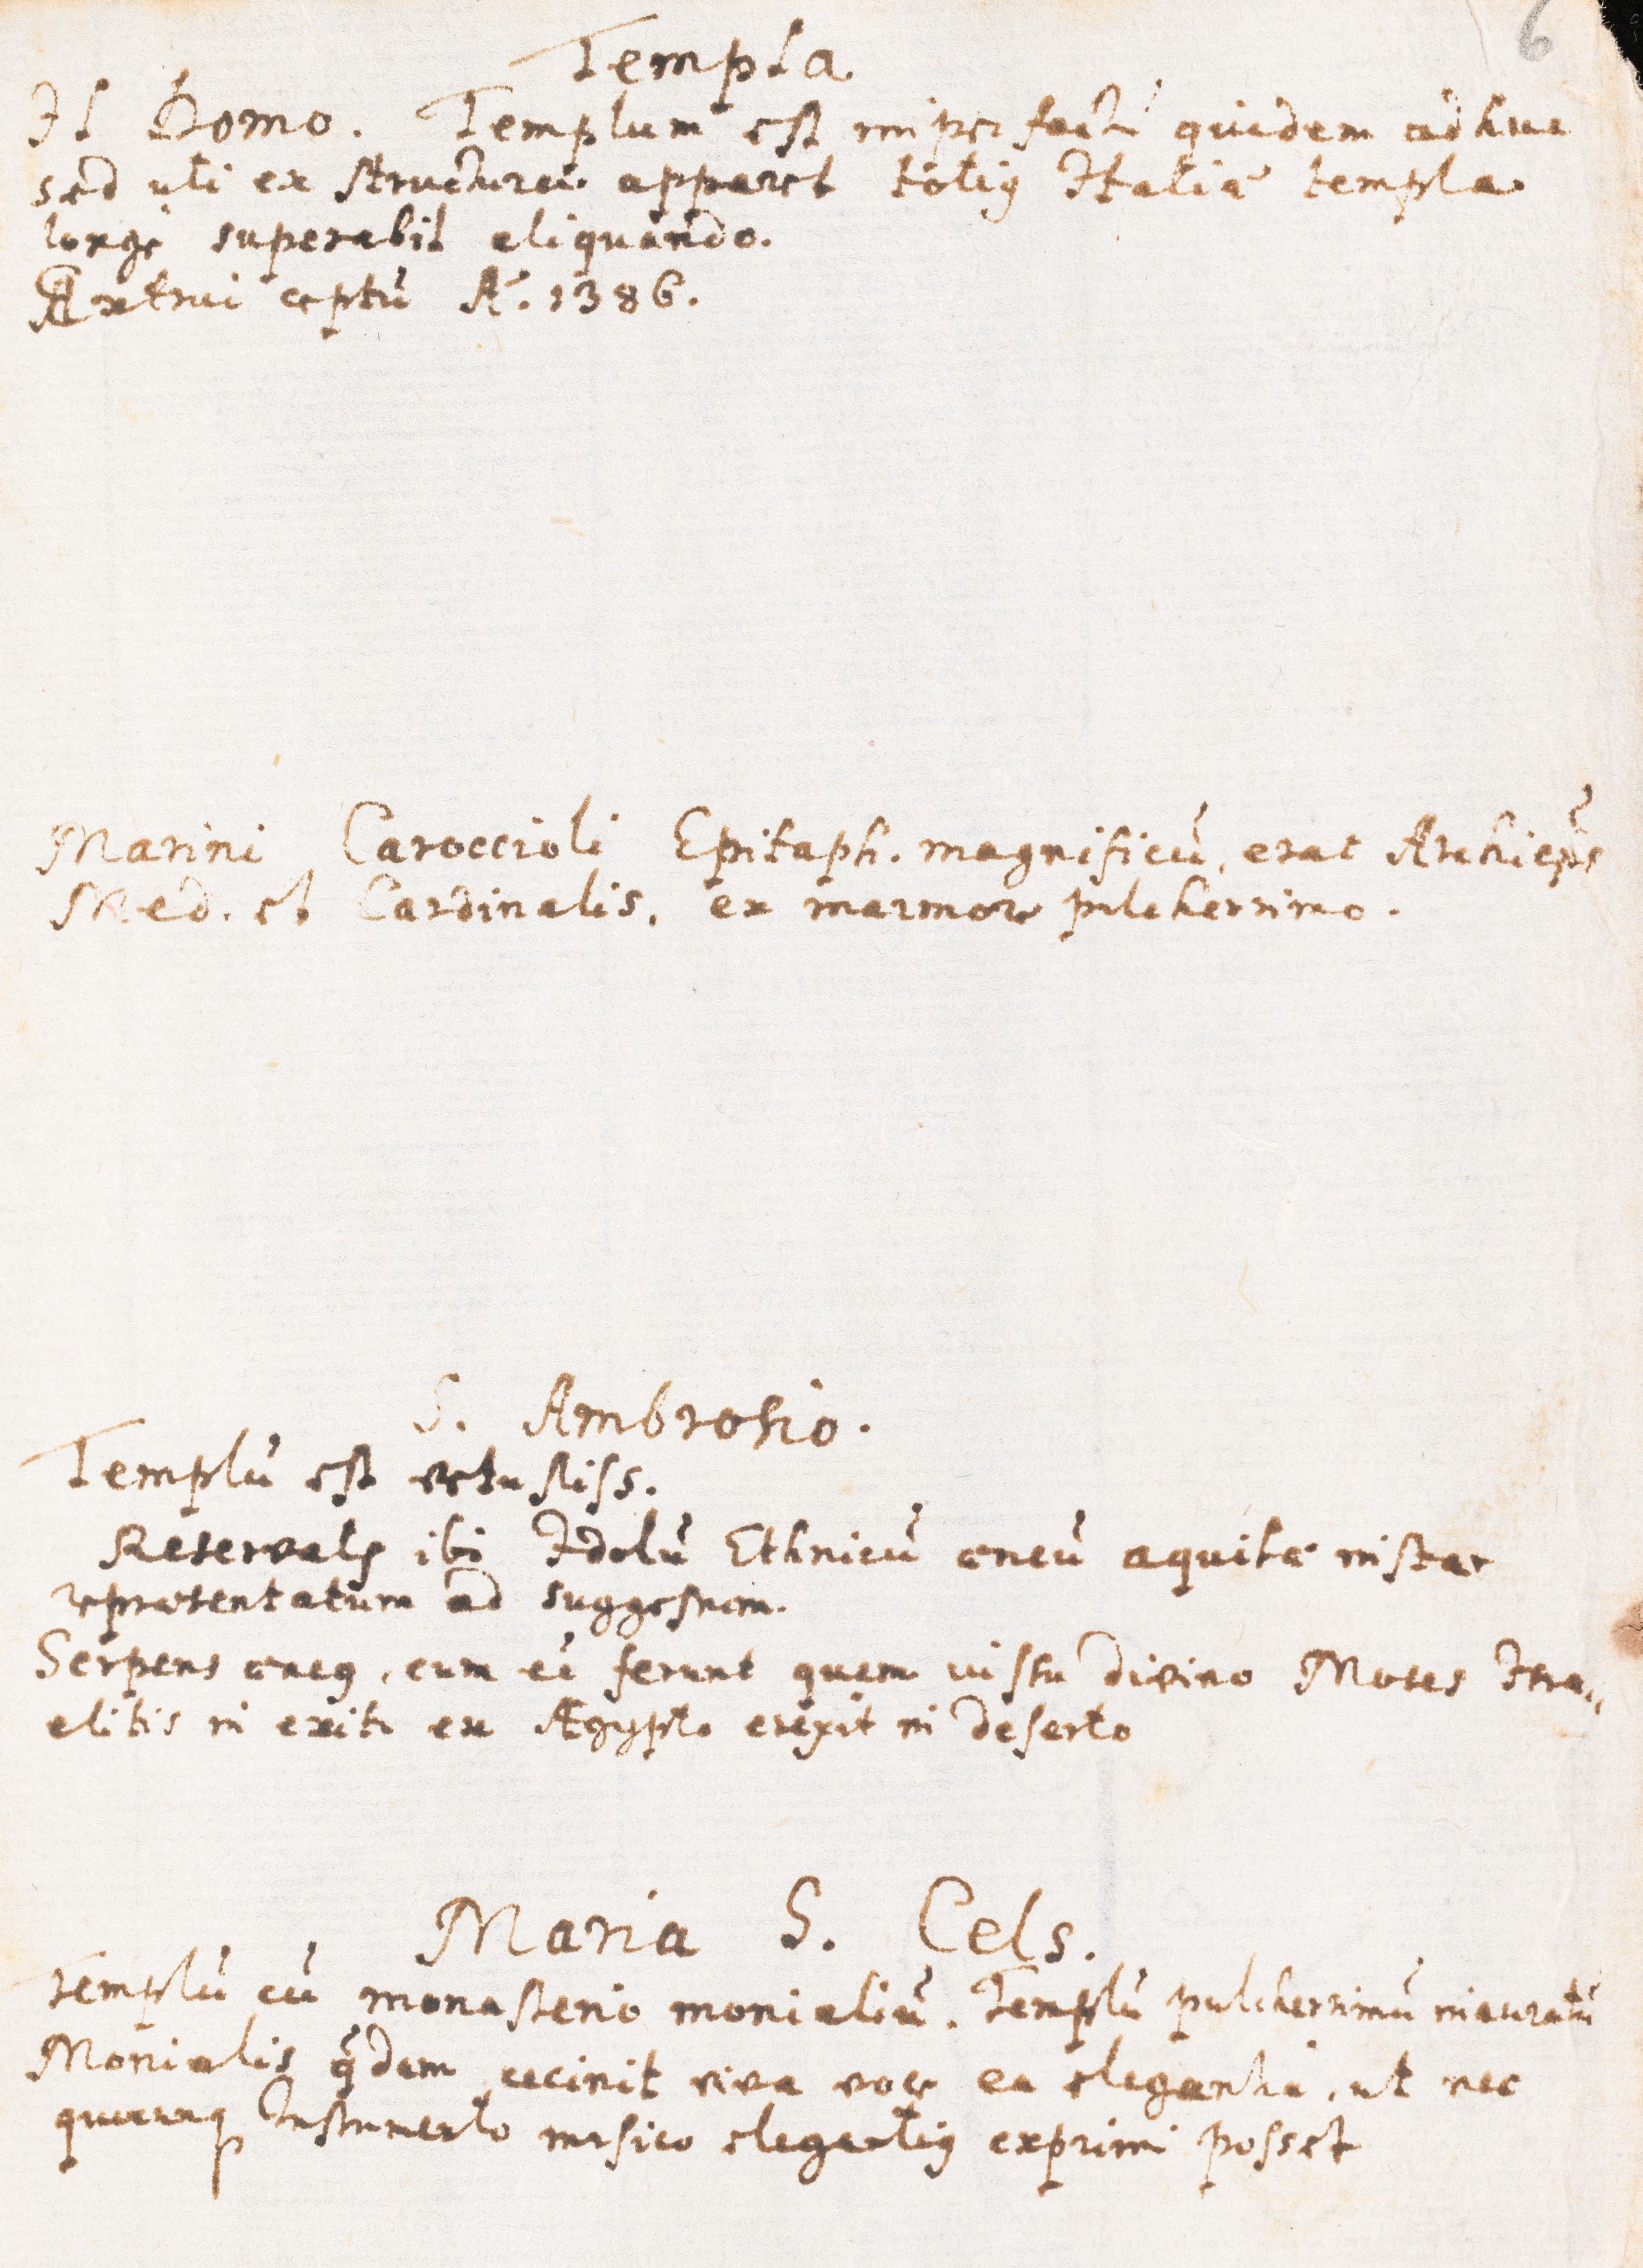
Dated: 1621–1621